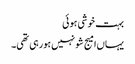
بہت خوشی ہوئی
یہاں‌امیج شو نہیں‌ہورہی تھی۔